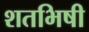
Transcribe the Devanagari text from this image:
शतभिषी